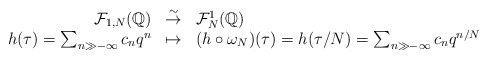
\begin{align*}\begin{array}{rcl}\mathcal{F}_{1,N}(\mathbb{Q})&\stackrel{\sim}{\rightarrow}&\mathcal{F}^1_N(\mathbb{Q})\\h(\tau)=\sum_{n\gg-\infty}c_nq^n&\mapsto&(h\circ\omega_N)(\tau)=h(\tau/N)=\sum_{n\gg-\infty}c_nq^{n/N}\end{array}\end{align*}